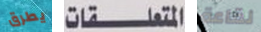
يطرق المتعلقات لقاعة